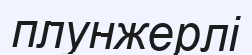
плунжерлі